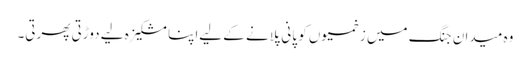
وہ میدان جنگ میں زخمیوں کو پانی پلانے کے لیےاپنا مشکیزہ لیے دوڑتی پھرتی۔